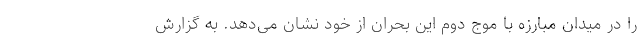
را در میدان مبارزه با موج دوم این بحران از خود نشان می‌دهد. به گزارش